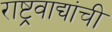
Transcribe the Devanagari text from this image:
राष्ट्रवाद्यांची